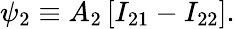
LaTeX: \psi_{2}\equiv A_{2}\left[I_{21}-I_{22}\right].